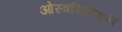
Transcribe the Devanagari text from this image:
ओस्त्रसिसेशन